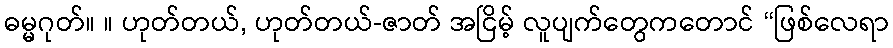
ဓမ္မဂုတ်။ ။ ဟုတ်တယ်, ဟုတ်တယ်-ဇာတ် အငြိမ့် လူပျက်တွေကတောင် “ဖြစ်လေရာ